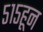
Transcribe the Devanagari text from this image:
५१५हून